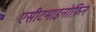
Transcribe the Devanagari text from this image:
एसीटमाइनोफ़िन